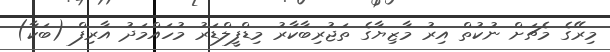
މިރޭގެ މެޗަށް ނުކުތް އިރު މާޒިޔާގެ ތަޖުރިބާކާރު މިޑްފީލްޑަރު މުހައްމަދު އާރިފް (ބަކާ)